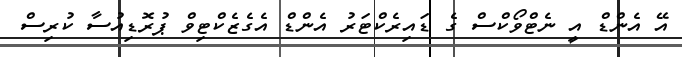
އޭ އެންޑް އީ ނެޓްވޯކްސް ގެ ޑައިރެކްޓަރު އެންޑް އެގެޒެކްޓިވް ޕުރޮޑިއުސާ ކުރިސް